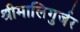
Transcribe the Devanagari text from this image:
श्रीमालिगुर्जर